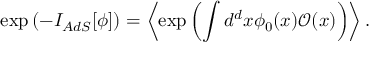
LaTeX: \exp \left( - I _ { A d S } [ \phi ] \right) = \left\langle \exp \left( \int d ^ { d } x \phi _ { 0 } ( x ) \mathcal { O } ( x ) \right) \right\rangle .